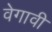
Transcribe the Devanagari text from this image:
वेगावी